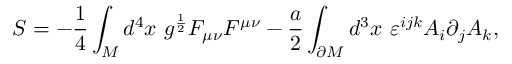
S = - \frac 1 4 \int _ { M } d ^ { 4 } x \ g ^ { \frac 1 2 } F _ { \mu \nu } F ^ { \mu \nu } - \frac a 2 \int _ { \partial M } d ^ { 3 } x \ \varepsilon ^ { i j k } A _ { i } \partial _ { j } A _ { k } ,